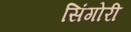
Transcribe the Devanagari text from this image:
सिंगोरी